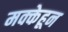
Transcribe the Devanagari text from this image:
मक्केहून